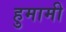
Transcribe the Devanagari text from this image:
हुमामी